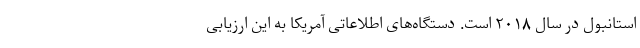
استانبول در سال ۲۰۱۸ است. دستگاه‌های اطلاعاتی آمریکا به این ارزیابی